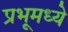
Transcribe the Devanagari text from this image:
प्रभूमध्ये